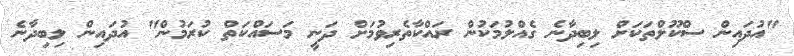
"އުދައިން ސްކޫލްތަކަށް ލިބިދާނެ ގެއްލުމަކުން ރައްކާތެރިވުމަށް ދަނީ މަސައްކަތް ކުރަމުން" އުދައިން ލިބިދާނެ